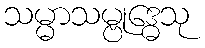
သမ္မာသမ္ဗုဒ္ဓေသု